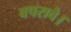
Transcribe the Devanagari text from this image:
बपरावै।